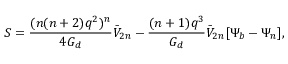
S = \frac { ( n ( n + 2 ) q ^ { 2 } ) ^ { n } } { 4 G _ { d } } \bar { V } _ { 2 n } - \frac { ( n + 1 ) q ^ { 3 } } { G _ { d } } \bar { V } _ { 2 n } [ \Psi _ { b } - \Psi _ { n } ] ,